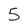
Character: 5